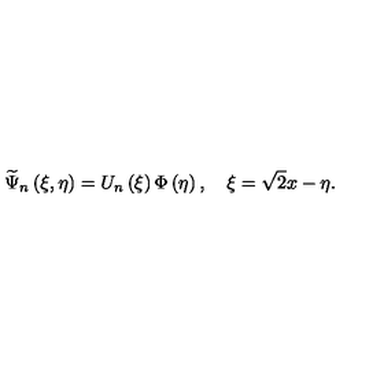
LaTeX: \widetilde { \Psi } _ { n } \left( \xi , \eta \right) = U _ { n } \left( \xi \right) \Phi \left( \eta \right) , \quad \xi = \sqrt { 2 } x - \eta .